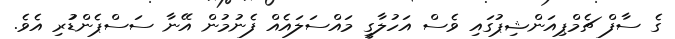
ގެ ސާފް ޗެމްޕިއަންޝިޕުގައި ވެސް އަހުލާގީ މައްސަލައެއް ފެނުމުން އޭނާ ސަސްޕެންޑުުރި އެވެ.